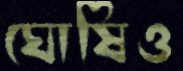
ঘোষিও